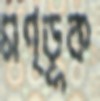
মণ্ডূক